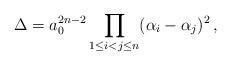
LaTeX: \begin{align*}\Delta = a_0^{2n-2}\prod_{1\le i < j \le n}(\alpha_i-\alpha_j)^2\, ,\end{align*}